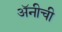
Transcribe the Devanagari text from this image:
अॅनीची